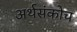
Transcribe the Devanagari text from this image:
अर्थसंकोच